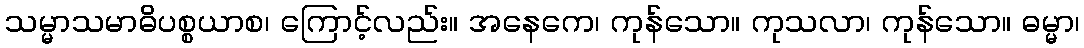
သမ္မာသမာဓိပစ္စယာစ၊ ကြောင့်လည်း။ အနေကေ၊ ကုန်သော။ ကုသလာ၊ ကုန်သော။ ဓမ္မာ၊